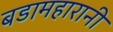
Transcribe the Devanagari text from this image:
बडामहारानी